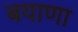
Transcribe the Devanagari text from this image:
बयाणा